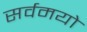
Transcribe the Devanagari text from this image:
सर्वमयो